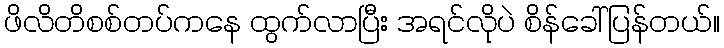
ဖိလိတိစစ်တပ်ကနေ ထွက်လာပြီး အရင်လိုပဲ စိန်ခေါ်ပြန်တယ်။